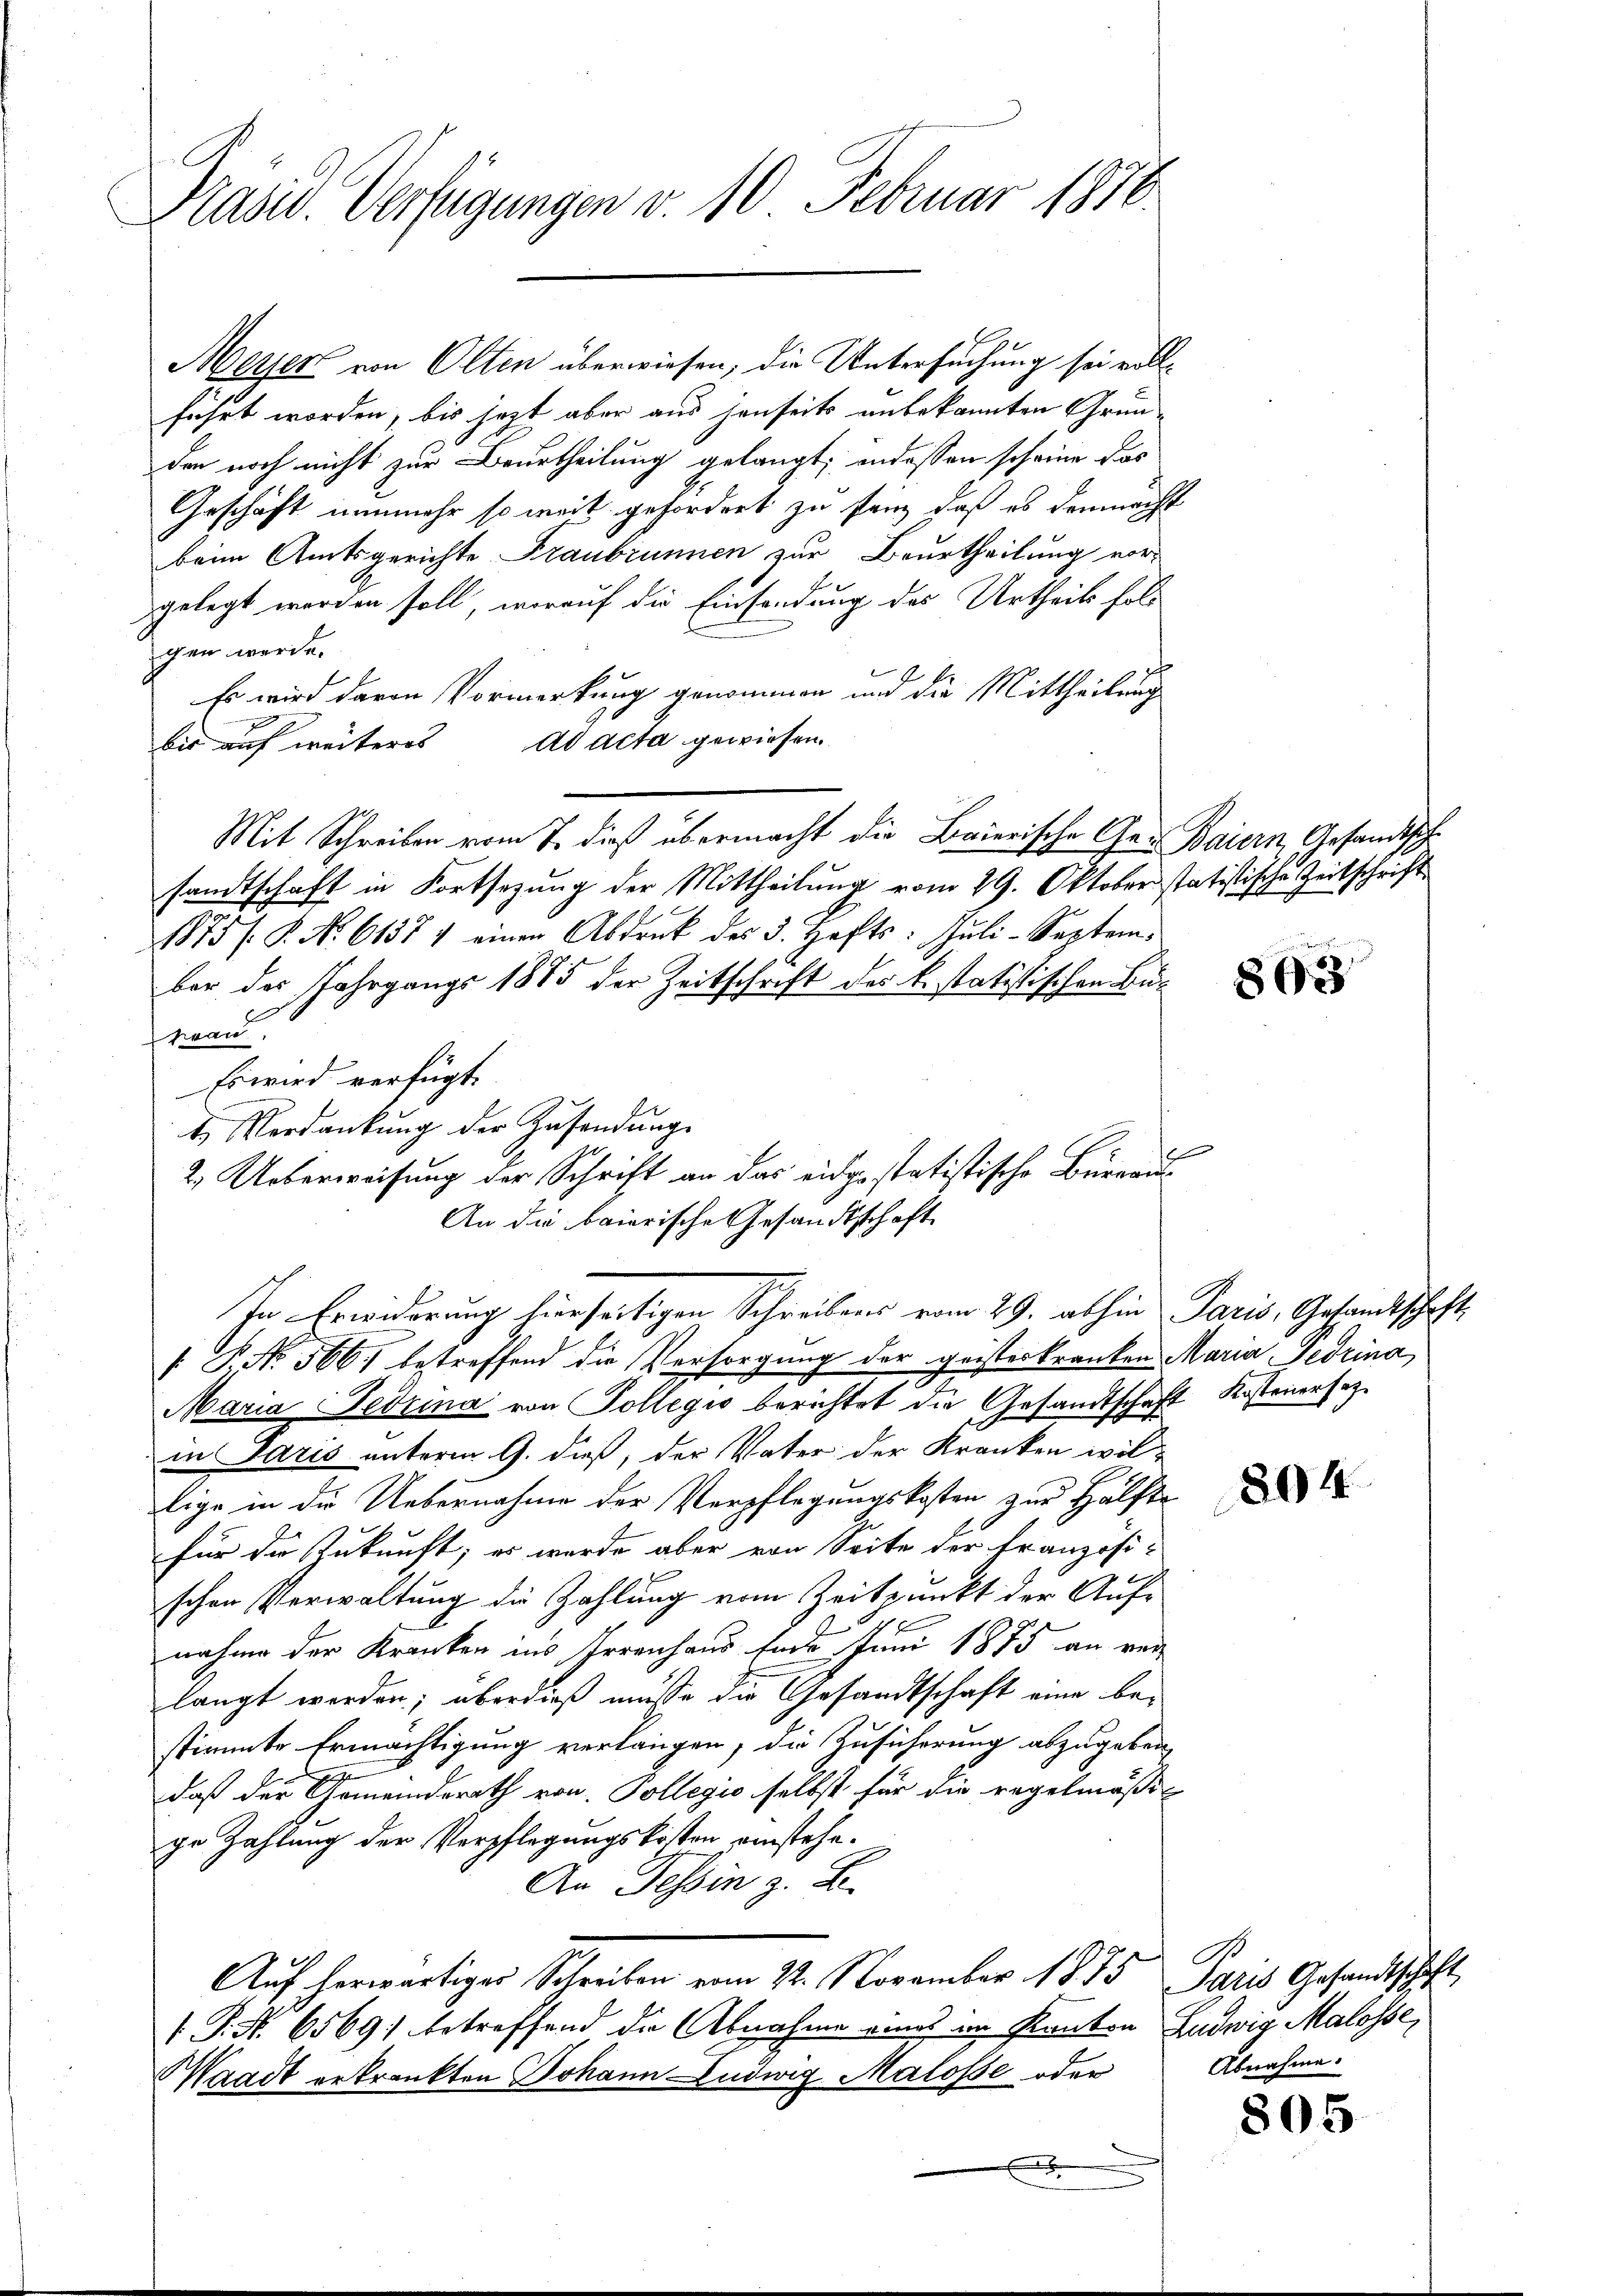
Präsid. Verfügungen v. 10 Februar 1876.

Meyer von Olten überwiesen, die Untersuchung sei vollführt worden, bis jetzt aber aus jenseits anbekannten Gründen noch nicht zur Beurtheilung gelangt, indessen scheine das
Geschäft nunmehr so weit gefordert zu fein, daß es demnacht
beim Amtsgerichte Fraubrunnen zur Beurtheilung vor-
gelegt worden soll, worauf die Einsendung des Urtheils fol-
gen werde.
Es wird davon Vormerkung genommen und die Mittheilung
bis auf weiteres ad acta gewiesen
Mit Schreiben vom 7. dieß übermacht die Baierische Ges. Baiern, Gesandtsch
sandtschaft in Fortsezung der Mittheilung vom 29. Oktober statistische Zeitschrift
1875 /: P. Nr. 61374 einen Abdruk des 3. Hafts: Jŭli-September des Jahrgangs 1885 der Zeitschrift der k. statistischen Bu¬
Frau,
Es wird verfügt:
t. Verdankŭng der Zusendung
2. Ueberweisung der Schrift an das eidgestatistische Büreaus¬
An die baierische Gesandtschaft
In Erwiderung hierseitigen Schreibens vom 29. abhin Paris, Gesandtschaft,
 P. Nr. 566. betreffend die Versorgung der geisterkranken Maria Gedrina,
Maria Jedena von Sollegio berichtet die Gesandtschaft Kostenersezin Paris unterm 9. dieß, der Vater der Kranken willige in die Uebernahme der Verpflegungskosten zur Hälfte
für die Zukunft; es wurde aber von Seite der Französi-
schen Verwaltung die Zahlung vom Zeitpunkt der Auf-
nahme der Kranken ins Irrenhaus Ende Juni 1875 an verlangt worden; überdieß müsse die Gesandtschaft eine bestimmte Ermächtigung verlangen, die Zusicherung abzugeben
.
daß der Gemeinderath von Pollegio selbst für die regelmäßige Zahlung der Verpflegungskosten einstehe¬
An Tessin z. B.
Auf herwärtiger Schreiben vom 22. November 1875. Paris Gesandtschaft
P.N. 6569; betreffend die Abnahme eines in Kanton Ludwig Malosse,
Waadt erkrankten Johann Ludwig Malosse oder
.

e

803

804

Abnahme.

805